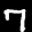
Label: 7